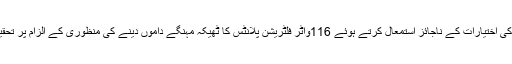
نیب کی اختیارات کے ناجائز استمعال کرتے ہوئے 116واٹر فلٹریشن پلانٹس کا ٹھیکہ مہنگے داموں دینے کی منظوری کے الزام پر تحقیقات۔